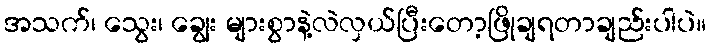
အသက်၊ သွေး၊ ချွေး များစွာနဲ့လဲလှယ်ပြီးတော့ဖြိုချရတာချည်းပါပဲ။